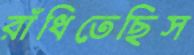
রাঁধিতেছিস